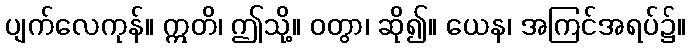
ပျက်လေကုန်။ ဣတိ၊ ဤသို့။ ဝတွာ၊ ဆို၍။ ယေန၊ အကြင်အရပ်၌။